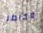
مخاطر